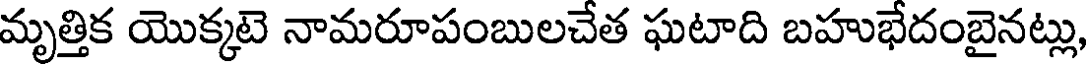
మృత్తిక యొక్కటె నామరూపంబులచేత ఘటాది బహుభేదంబైనట్లు,